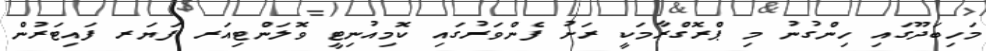
މަހިބަދޫގައި ހިންގުނު މި ޕްރޮގްރާމަކީ ރަށު ފެންވަރުގައި ކޮމިއުނިޓީ ވޮލަންޓިއަރ ފަޔަރ ފައިޓަރުން